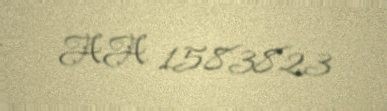
AA 1583823